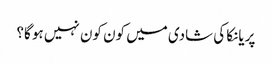
پریانکا کی شادی میں کون کون نہیں ہو گا؟